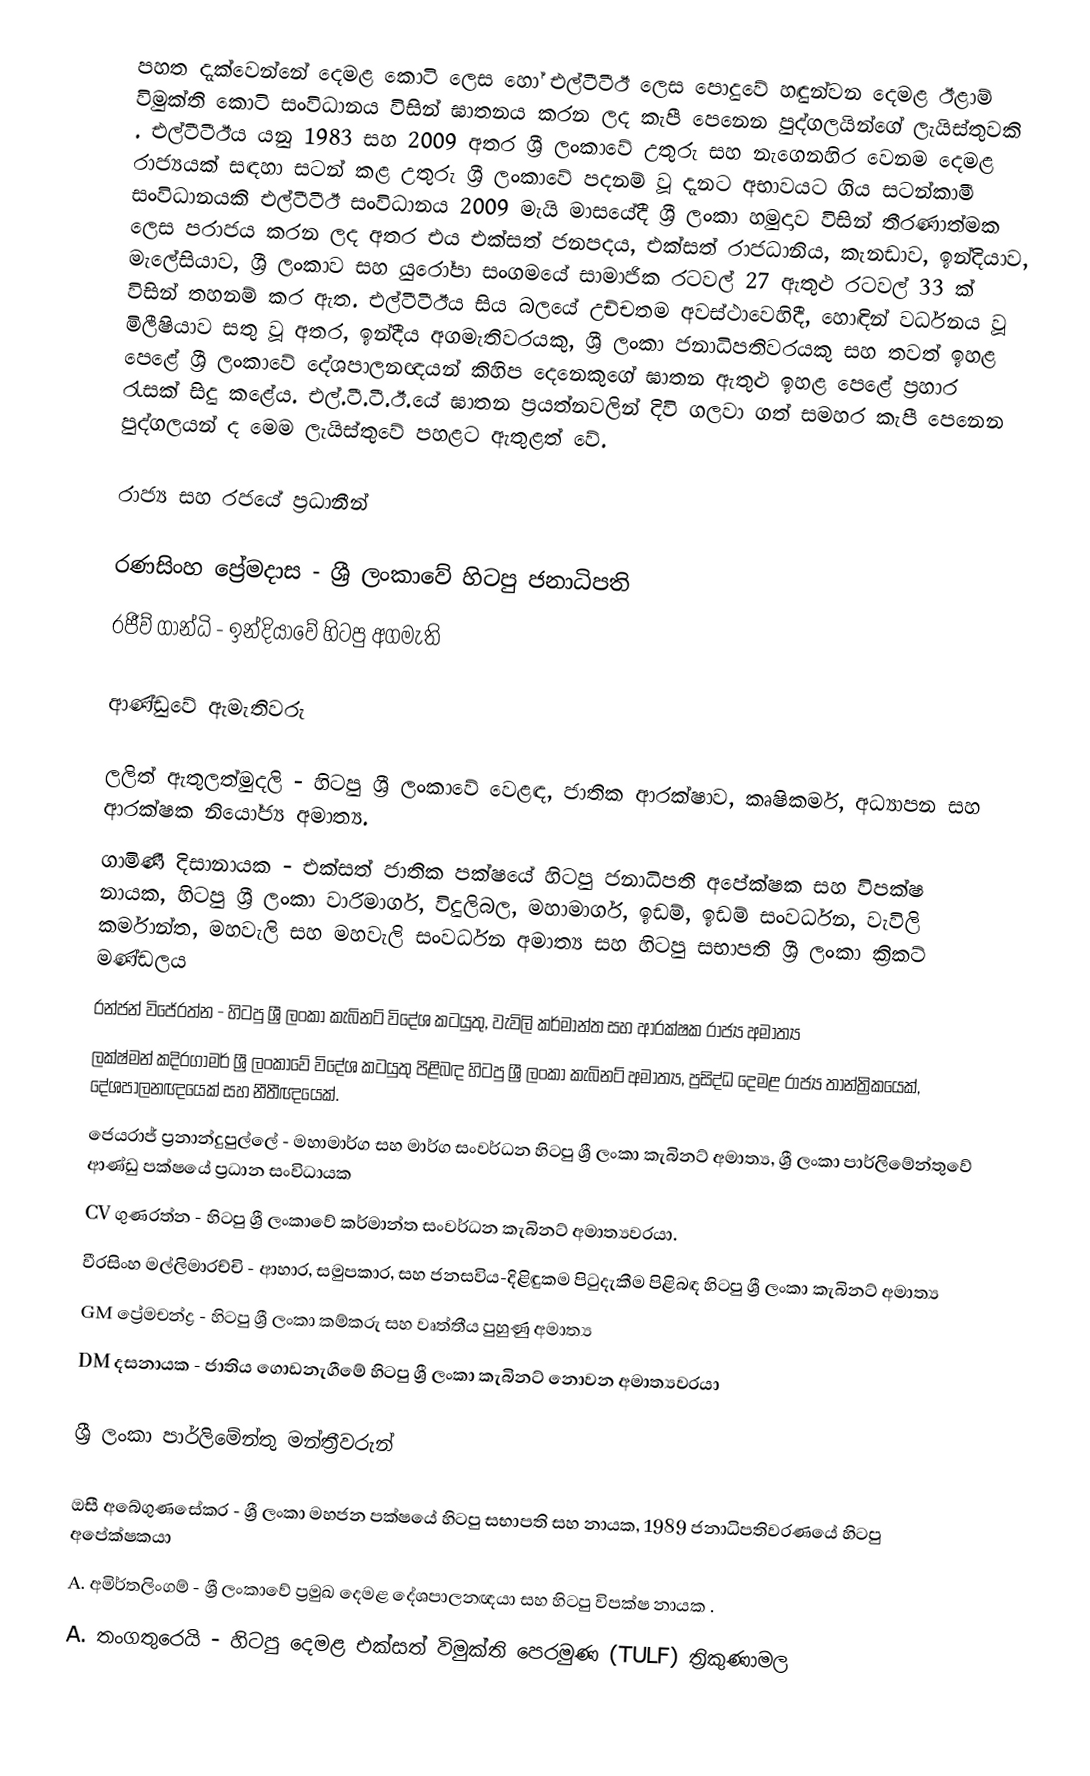
පහත දැක්වෙන්නේ දෙමළ කොටි ලෙස හෝ එල්ටීටීඊ ලෙස පොදුවේ හඳුන්වන දෙමළ ඊළාම් විමුක්ති කොටි සංවිධානය විසින් ඝාතනය කරන ලද කැපී පෙනෙන පුද්ගලයින්ගේ ලැයිස්තුවකි .   එල්ටීටීඊය යනු 1983 සහ 2009 අතර ශ්‍රී ලංකාවේ උතුරු සහ නැගෙනහිර වෙනම දෙමළ රාජ්‍යයක් සඳහා සටන් කළ උතුරු ශ්‍රී ලංකාවේ පදනම් වූ දැනට අභාවයට ගිය සටන්කාමී සංවිධානයකි  එල්ටීටීඊ සංවිධානය 2009 මැයි මාසයේදී ශ්‍රී ලංකා හමුදාව විසින් තීරණාත්මක ලෙස පරාජය කරන ලද අතර එය එක්සත් ජනපදය, එක්සත් රාජධානිය, කැනඩාව, ඉන්දියාව, මැලේසියාව, ශ්‍රී ලංකාව සහ යුරෝපා සංගමයේ සාමාජික රටවල් 27 ඇතුළු රටවල් 33 ක් විසින් තහනම් කර ඇත.  එල්ටීටීඊය සිය බලයේ උච්චතම අවස්ථාවෙහිදී, හොඳින් වර්ධනය වූ මිලීෂියාව සතු වූ අතර, ඉන්දීය අගමැතිවරයකු, ශ්‍රී ලංකා ජනාධිපතිවරයකු සහ තවත් ඉහළ පෙළේ ශ්‍රී ලංකාවේ දේශපාලනඥයන් කිහිප දෙනෙකුගේ ඝාතන ඇතුළු ඉහළ පෙළේ ප්‍රහාර රැසක් සිදු කළේය.     එල්.ටී.ටී.ඊ.යේ ඝාතන ප්‍රයත්නවලින් දිවි ගලවා ගත් සමහර කැපී පෙනෙන පුද්ගලයන් ද මෙම ලැයිස්තුවේ පහළට ඇතුළත් වේ.

රාජ්‍ය සහ රජයේ ප්‍රධානීන්

 රණසිංහ ප්‍රේමදාස   - ශ්‍රී ලංකාවේ හිටපු ජනාධිපති
 රජීව් ගාන්ධි   - ඉන්දියාවේ හිටපු අගමැති

ආණ්ඩුවේ ඇමැතිවරු

 ලලිත් ඇතුලත්මුදලි   - හිටපු ශ්‍රී ලංකාවේ වෙළඳ, ජාතික ආරක්ෂාව, කෘෂිකර්ම, අධ්‍යාපන සහ ආරක්ෂක නියෝජ්‍ය අමාත්‍ය.
 ගාමිණී දිසානායක   - එක්සත් ජාතික පක්ෂයේ හිටපු ජනාධිපති අපේක්ෂක සහ විපක්ෂ නායක, හිටපු ශ්‍රී ලංකා වාරිමාර්ග, විදුලිබල, මහාමාර්ග, ඉඩම්, ඉඩම් සංවර්ධන, වැවිලි කර්මාන්ත, මහවැලි සහ මහවැලි සංවර්ධන අමාත්‍ය සහ හිටපු සභාපති ශ්‍රී ලංකා ක්‍රිකට් මණ්ඩලය
 රන්ජන් විජේරත්න   - හිටපු ශ්‍රී ලංකා කැබිනට් විදේශ කටයුතු, වැවිලි කර්මාන්ත සහ ආරක්ෂක රාජ්‍ය අමාත්‍ය
 ලක්ෂ්මන් කදිරගාමර්   ශ්‍රී ලංකාවේ විදේශ කටයුතු පිළිබඳ හිටපු ශ්‍රී ලංකා කැබිනට් අමාත්‍ය, ප්‍රසිද්ධ දෙමළ රාජ්‍ය තාන්ත්‍රිකයෙක්, දේශපාලනඥයෙක් සහ නීතීඥයෙක්.
 ජෙයරාජ් ප්‍රනාන්දුපුල්ලේ  - මහාමාර්ග සහ මාර්ග සංවර්ධන හිටපු ශ්‍රී ලංකා කැබිනට් අමාත්‍ය, ශ්‍රී ලංකා පාර්ලිමේන්තුවේ ආණ්ඩු පක්ෂයේ ප්‍රධාන සංවිධායක
 CV ගුණරත්න   - හිටපු ශ්‍රී ලංකාවේ කර්මාන්ත සංවර්ධන කැබිනට් අමාත්‍යවරයා.
 වීරසිංහ මල්ලිමාරච්චි   - ආහාර, සමුපකාර, සහ ජනසවිය-දිළිඳුකම පිටුදැකීම පිළිබඳ හිටපු ශ්‍රී ලංකා කැබිනට් අමාත්‍ය
 GM ප්‍රේමචන්ද්‍ර   - හිටපු ශ්‍රී ලංකා කම්කරු සහ වෘත්තීය පුහුණු අමාත්‍ය
 DM දසනායක  - ජාතිය ගොඩනැගීමේ හිටපු ශ්‍රී ලංකා කැබිනට් නොවන අමාත්‍යවරයා

ශ්‍රී ලංකා පාර්ලිමේන්තු මන්ත්‍රීවරුන්

 ඔසී අබේගුණසේකර   - ශ්‍රී ලංකා මහජන පක්ෂයේ හිටපු සභාපති සහ නායක, 1989 ජනාධිපතිවරණයේ හිටපු අපේක්ෂකයා
 A. අමිර්තලිංගම්   - ශ්‍රී ලංකාවේ ප්‍රමුඛ දෙමළ දේශපාලනඥයා සහ හිටපු විපක්ෂ නායක .
 A. තංගතුරෙයි  - හිටපු දෙමළ එක්සත් විමුක්ති පෙරමුණ (TULF) ත්‍රිකුණාමල